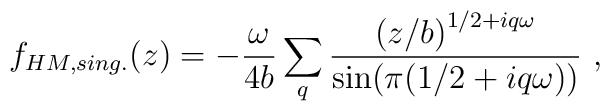
f_{HM,sing.}(z)=-{\omega \over{4b}}\sum_q{\bigl( {z/b}\bigr)  ^{1/2+iq\omega}\over  {\rm sin}(\pi(1/2+iq\omega))}\ ,